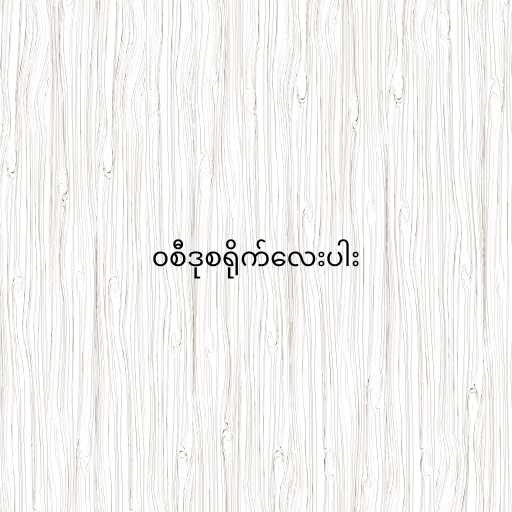
၀စီဒုစရိုက်လေးပါး